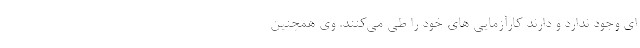
‌ای وجود ندارد و دارند کارآزمایی‌ های خود را طی می‌کنند. وی همچنین